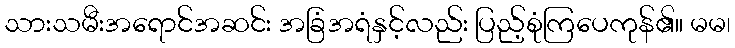
သားသမီးအရောင်အဆင်း အခြံအရံနှင့်လည်း ပြည့်စုံကြပေကုန်၏။ မမ၊